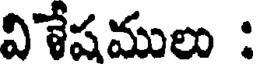
విశేషములు :